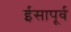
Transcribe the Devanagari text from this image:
र्इसापूर्व